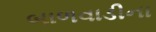
બાળવાડીના